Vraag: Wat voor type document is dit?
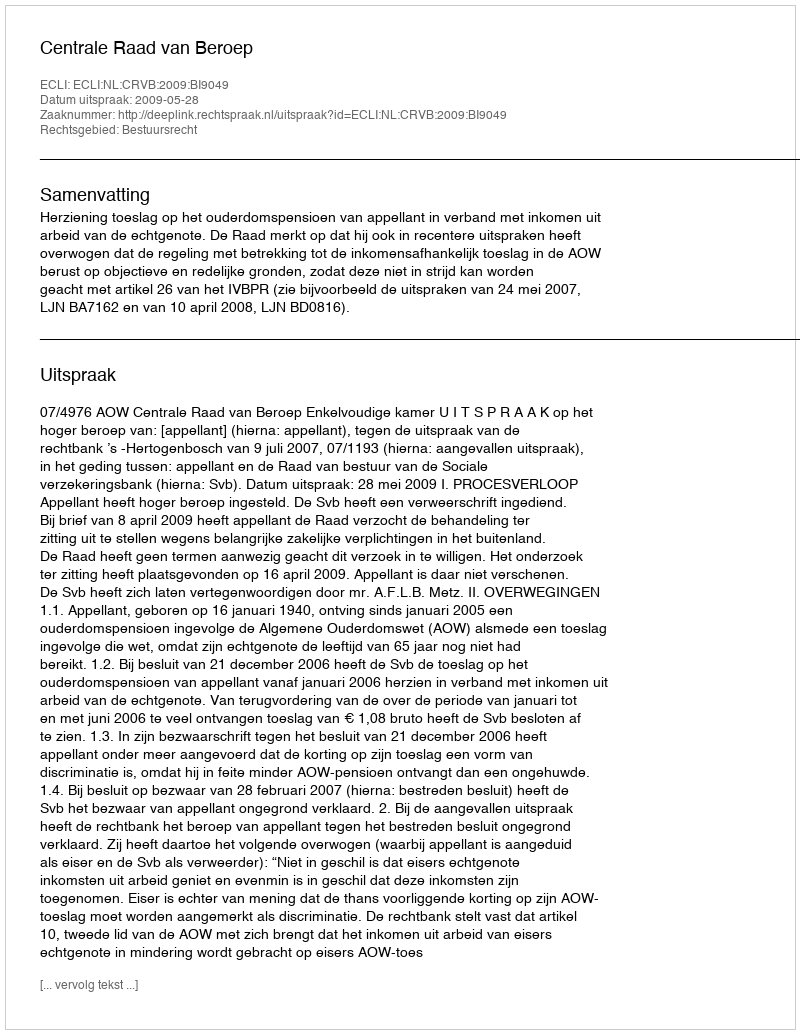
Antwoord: Uitspraak